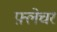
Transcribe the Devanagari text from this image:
फ़्लेचर